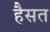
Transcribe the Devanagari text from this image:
हैसत